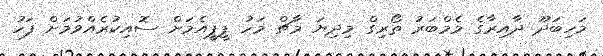
މަހިބަދޫ ދާއިރާގެ މެމްބަރު ތޯރިގް މިދިޔަ މާޗް މަހު ޕީޕީއެމަށް ސޮއިކުރެއްވުމަށް ފަހު